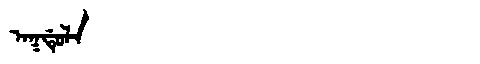
Manchu: ᠠᡴᡩᡠᠯᠠ
Romanization: AKDULA